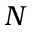
N